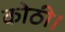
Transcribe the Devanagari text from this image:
कोठी।